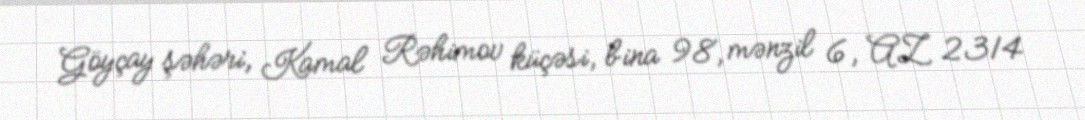
Göyçay şəhəri, Kamal Rəhimov küçəsi, bina 98, mənzil 6, AZ 2314